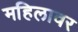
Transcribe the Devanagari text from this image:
महिलावर